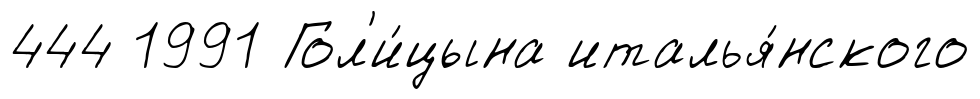
444 1991 Гол'и́цына италья́нского